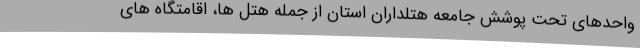
واحدهای تحت پوشش جامعه هتلداران استان از جمله هتل ها، اقامتگاه های